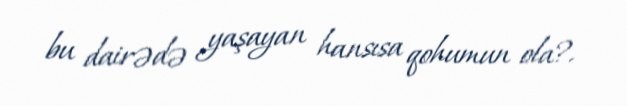
bu dairədə yaşayan hansısa qohumun ola?.